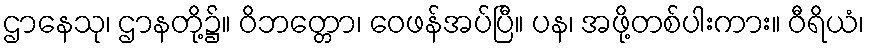
ဌာနေသု၊ ဌာနတို့၌။ ဝိဘတ္တော၊ ဝေဖန်အပ်ပြီ။ ပန၊ အဖို့တစ်ပါးကား။ ဝီရိယံ၊